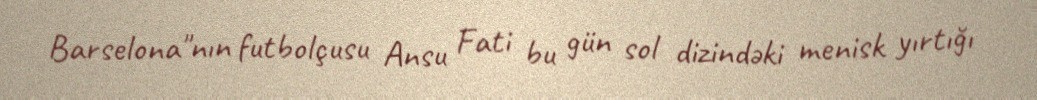
Barselona"nın futbolçusu Ansu Fati bu gün sol dizindəki menisk yırtığı